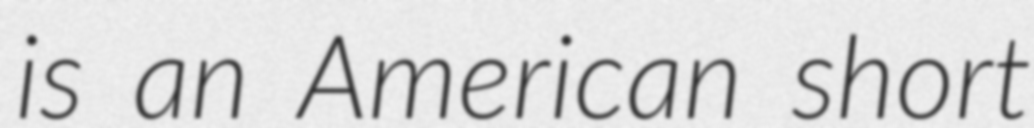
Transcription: is an American short